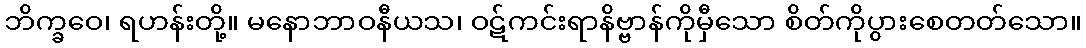
ဘိက္ခဝေ၊ ရဟန်းတို့။ မနောဘာဝနီယသ၊ ဝဋ်ကင်းရာနိဗ္ဗာန်ကိုမှီသော စိတ်ကိုပွားစေတတ်သော။